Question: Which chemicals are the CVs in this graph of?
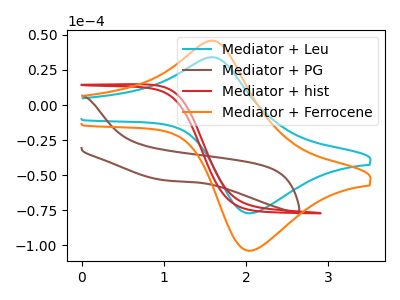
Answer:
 <answer>The cyan curve is labeled "Mediator + Leu". The brown curve is labeled "Mediator + PG". The red curve is labeled "Mediator + hist". The orange curve is labeled "Mediator + Ferrocene".</answer>
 <eval></eval>